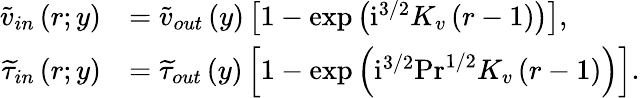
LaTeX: \begin{array}{rl}{\widetilde{v}_{in}\left(r;y\right)}&{=\widetilde{v}_{out}\left(y\right)\left[1-\exp\left(\mathrm{i}^{3/2}K_{v}\left(r-1\right)\right)\right],}\\ {\widetilde{\tau}_{in}\left(r;y\right)}&{=\widetilde{\tau}_{out}\left(y\right)\left[1-\exp\left(\mathrm{i}^{3/2}\mathrm{Pr}^{1/2}K_{v}\left(r-1\right)\right)\right].}\end{array}